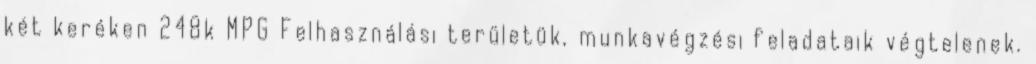
két keréken 248k MPG Felhasználási területük, munkavégzési feladataik végtelenek.